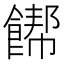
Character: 𲋞